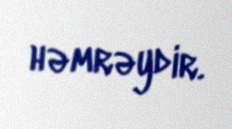
həmrəydir.